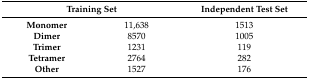
| <COLSPAN=2> Training Set | Independent Test Set |
 | --- | --- | --- |
 | Monomer | 11,638 | 1513 |
 | Dimer | 8570 | 1005 |
 | Trimer | 1231 | 119 |
 | Tetramer | 2764 | 282 |
 | Other | 1527 | 176 |